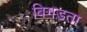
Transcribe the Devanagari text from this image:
बिगडता